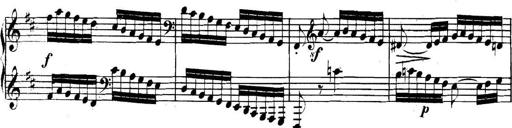
Title: Collected Piano Sonatas
Composer: Muzio Clementi